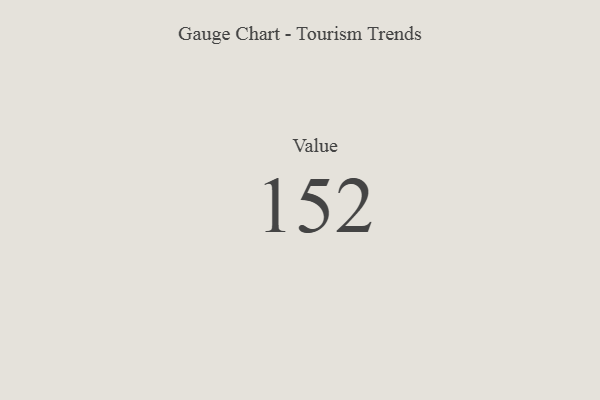
{"axis": {"x": "Metric", "y": "Value"}, "legend": [""], "data": [{"x": "Value", "y": 152, "type": ""}]}